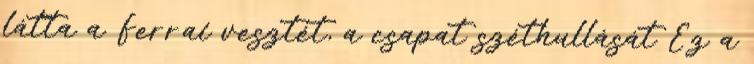
látta a Ferrai vesztét, a csapat széthullását Ez a